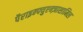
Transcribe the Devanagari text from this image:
पैराइन्फ्युएन्ज़ाशामिल